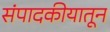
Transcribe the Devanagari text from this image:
संपादकीयातून